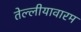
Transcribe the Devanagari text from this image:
तेल्लीयावारम